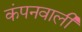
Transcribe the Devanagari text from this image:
कंपनवाली